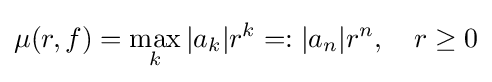
\mu (r,f)=\max _{k}|a_{k}|r^{k}=:|a_{n}|r^{n},\quad r\geq 0